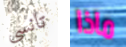
تانسي ماذا